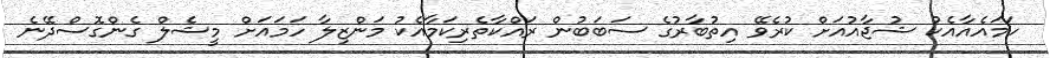
ހަމައެއާއެކު ޝުޖާއުއަށް ކުރެވޭ އިތުބާރުގެ ސަބަބުން ރައްކާތެރިކަމާއެކު މަންޒިލާ ހަމައަށް މީޝެލް ގެންގޮސްދޭނެ